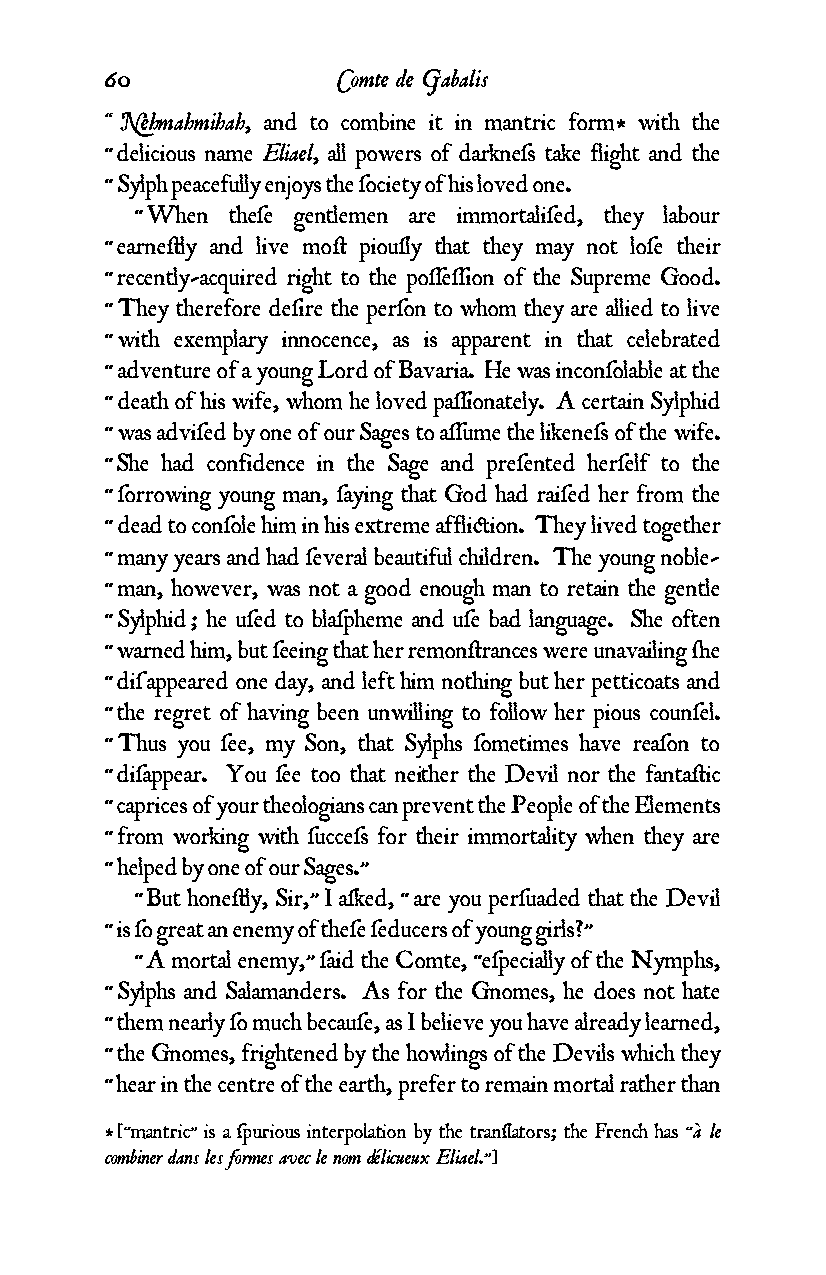
60             Comte de Gabalis
 “ Nehmahmihah, and to combine it in mantric form* with the
 “ delicious name Eliael, all powers of darkneƒs take flight and the
 “ Sylph peacefully enjoys the ƒociety of his loved one.
 “ When theƒe gentlemen are immortaliƒed, they labour
 “ earne¥ly and live mo¥ piouƒly that they may not loƒe their
 “ recently-acquired right to the poƒƒeƒƒion of the Supreme Good.
 “ They therefore deƒire the perƒon to whom they are allied to live
 “ with exemplary innocence, as is apparent in that celebrated
 “ adventure of a young Lord of Bavaria. He was inconƒolable at the
 “ death of his wife, whom he loved paƒƒionately. A certain Sylphid
 “ was adviƒed by one of our Sages to aƒƒume the likeneƒs of the wife.
 “ She had confidence in the Sage and preƒented herƒelf to the
 “ ƒorrowing young man, ƒaying that God had raiƒed her from the
 “ dead to conƒole him in his extreme affli¢ion. They lived together
 “ many years and had ƒeveral beautiful children. The young noble-
 “ man, however, was not a good enough man to retain the gentle
 “ Sylphid ; he uƒed to blaƒpheme and uƒe bad language. She often
 “ warned him, but ƒeeing that her remon¥rances were unavailing ¬e
 “ diƒ appeared one day, and left him nothing but her petticoats and
 “ the regret of having been unwilling to follow her pious counƒel.
 “ Thus you ƒee, my Son, that Sylphs ƒometimes have reaƒon to
 “ diƒappear. You ƒee too that neither the Devil nor the fanta¥ic
 “ caprices of your theologians can prevent the People of the Elements
 “ from working with ƒucceƒs for their immortality when they are
 “ helped by one of our Sages.”
 “ But hone¥ly, Sir,” I aƒked, “ are you perƒuaded that the Devil
 “ is ƒo great an enemy of theƒe ƒeducers of young girls?”
 “ A mortal enemy,” ƒaid the Comte, “eƒpecially of the Nymphs,
 “ Sylphs and Salamanders. As for the Gnomes, he does not hate
 “ them nearly ƒo much becauƒe, as I believe you have already learned,
 “ the Gnomes, frightened by the howlings of the Devils which they
 “ hear in the centre of the earth, prefer to remain mortal rather than
 * [“mantric” is a ƒpurious interpolation by the tranƒlators; the French has “à le
 combiner dans les formes avec le nom délicueux Eliael.”]